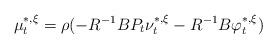
LaTeX: \begin{align*}\mu_t^{*,\xi}=\rho(-R^{-1}BP_t\nu_t^{*,\xi}-R^{-1}B\varphi_t^{*,\xi}) \end{align*}